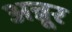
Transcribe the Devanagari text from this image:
अन्नूर